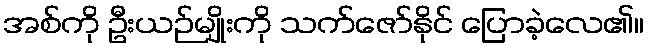
အစ်ကို ဦးယဉ်မျိုးကို သက်ဇော်နိုင် ပြောခဲ့လေ၏။